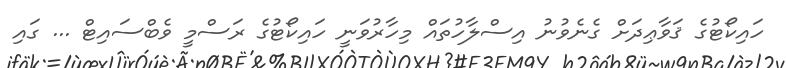
ހައިކޯޓުގެ ޤަވާޢިދަށް ގެނެވުނު އިސްލާހުތައް މިހާރުވަނީ ހައިކޯޓުގެ ރަސްމީ ވެބްސައިޓް ... ގައި